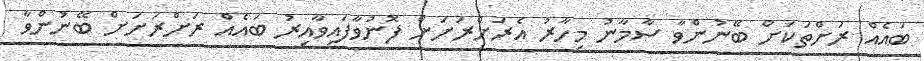
ބައެއް ރަށްތަކަށް ބޭނުންވާ ސާމާނު މިހާރު އެރަށްރަށަށް ފޮނުވާފައިވާއިރު ބައެއް ރަށްރަށަށް ބޭނުންވާ